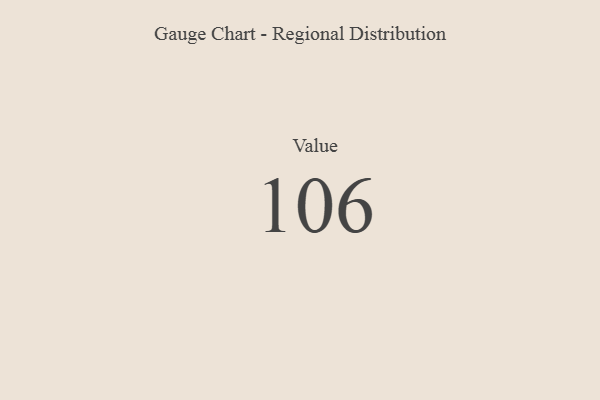
{"axis": {"x": "Metric", "y": "Value"}, "legend": [""], "data": [{"x": "Value", "y": 106, "type": ""}]}